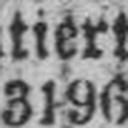
3196